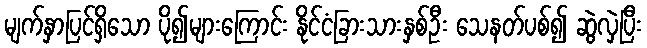
မျက်နှာပြင်ရှိသော ပို၍များကြောင်း နိုင်ငံခြားသားနှစ်ဦး သေနတ်ပစ်၍ ဆွဲလှဲပြီး